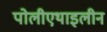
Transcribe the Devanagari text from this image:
पोलीएथाइलीन